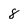
Character: 8